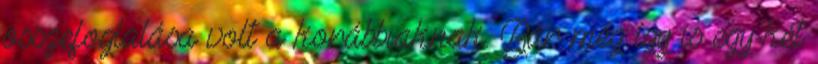
összefoglalása volt a korábbiaknak. Bár még így is egy-két